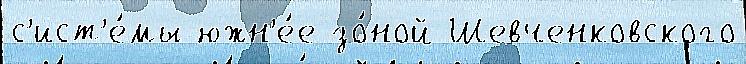
с'ист'е́мы южн'е́е зо́ной Шевченковского